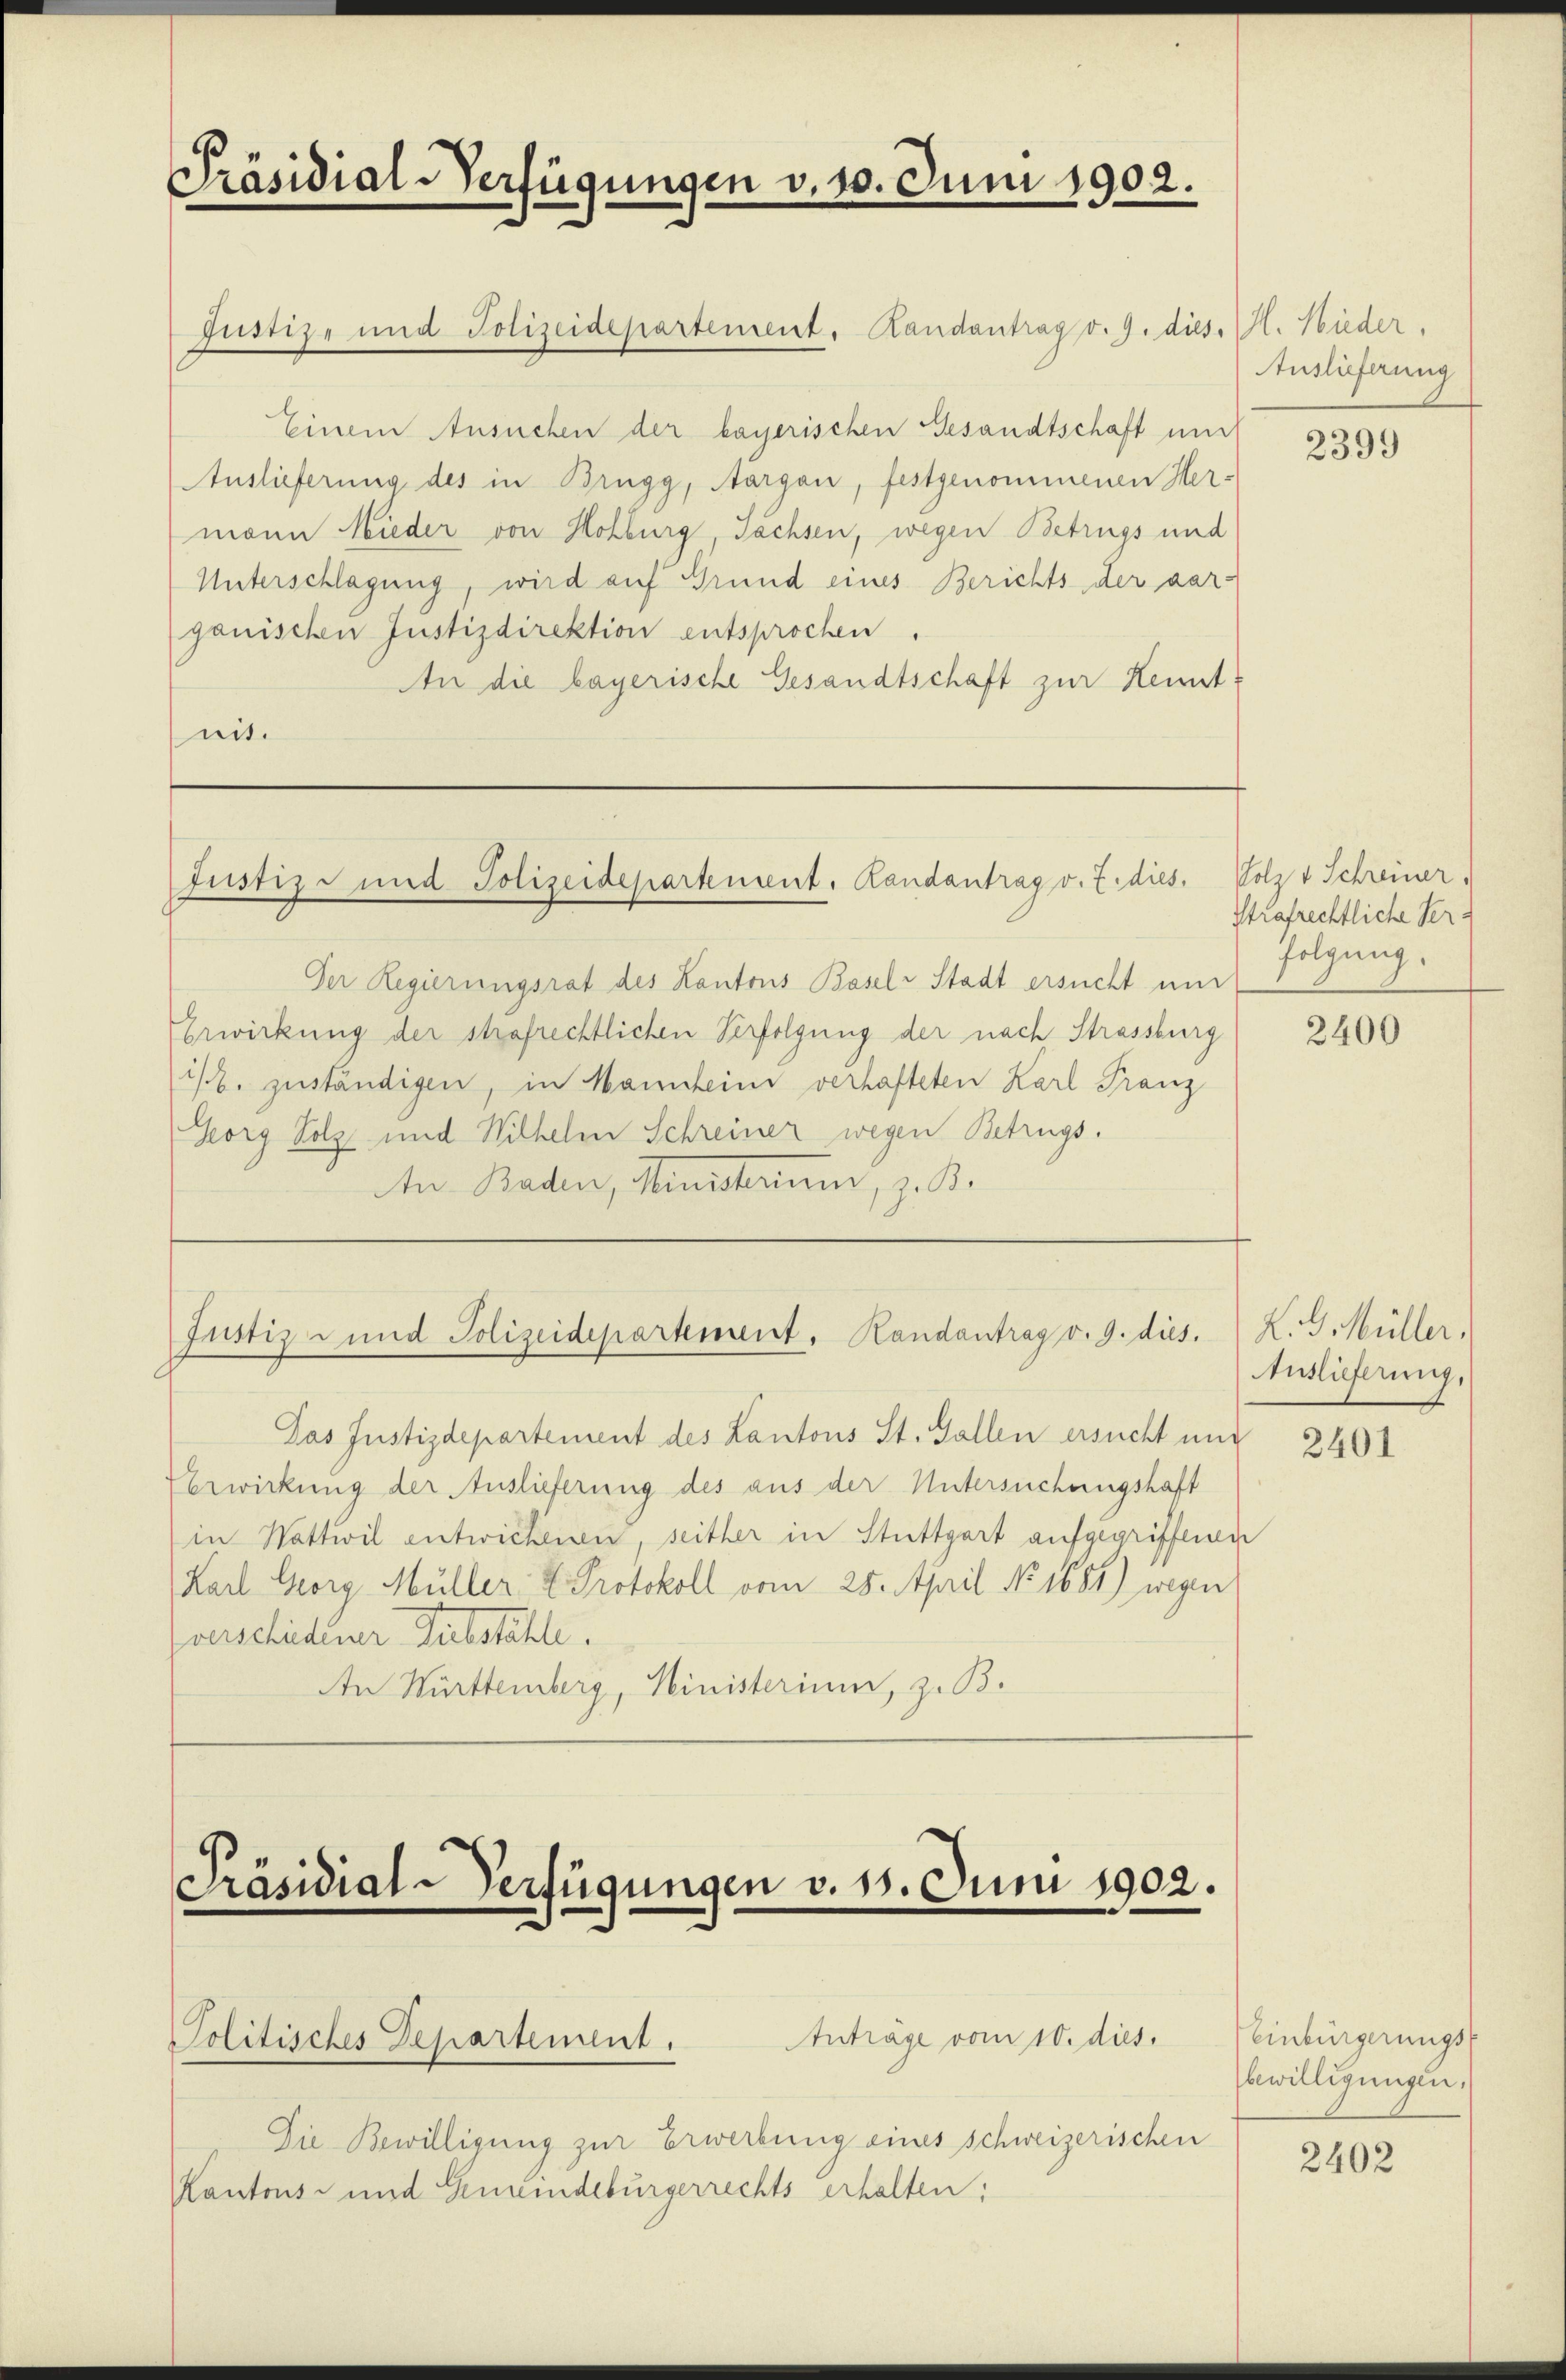
Präsidial-Verfügungen v. 10. Juni 1902.

Justiz- und Polizeidepartement. Randantrag v. 9. dies. K. Nieder.
Einem Ansuchen der bayerischen Gesandtschaft und
Auslieferung des in Brugg, Aargau, festgenommenen Her-
mann Nieder von Hohburg, Tachsen, wegen Betrugs und
Unterschlagung, wird auf Grund eines Berichts der dar-
ganischen Justizdirektion entsprochen.
An die bayerische Gesandtschaft zur Kennt
mit.

Justiz- und Polizeidepartement, Randantrag v. Z. dies

Justiz- und Polizeidepartement, Handantrag v. 9. dies.

Der Regierungsrat des Kantons Basel Stadt ersucht und
Erwirkung der strafrechtlichen Verfolgung der nach Strassburg
is, zuständigen, in Mannheim verhafteten Karl Franz
Georg Holz und Wilhelm Schreiner wegen Betrugs.
An Baden, Ministerim, z. B.

Das Justizdepartement des Lantons St. Gallen ersucht und
Verwirkung der Auslieferung des aus der Untersuchungshaft
in Wattwil entwickenen, seither in Stuttgart aufgegriffenen
Karl Georg Müller & Protokoll vom 25. April No 1684) wegen
verscheidiger Substahle.
An Württemberg, Ministerium, z. B.

Präsidial-Verfügungen v. 18. Juni 1902.
Anträge vom 10. dies
Politisches Departement.

Die Bewilligung zur Erwerbung eines schweizerischen
Kantons- und Gemeindebürgerrechts erhalten;

Auslieferung

2399

Holzt Schreiner
Strafrechtliche Verfolgung.

2400

K. G. Müller.
Auslieferung,

2401

Einbürgerungs-
bewilligungen.

2402